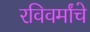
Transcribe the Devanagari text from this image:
रविवर्मांचे